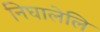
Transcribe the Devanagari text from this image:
निघालेलि